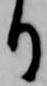
り